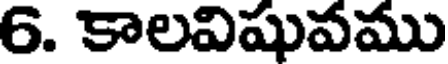
6. కాలవిషువము